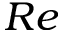
{ R e }